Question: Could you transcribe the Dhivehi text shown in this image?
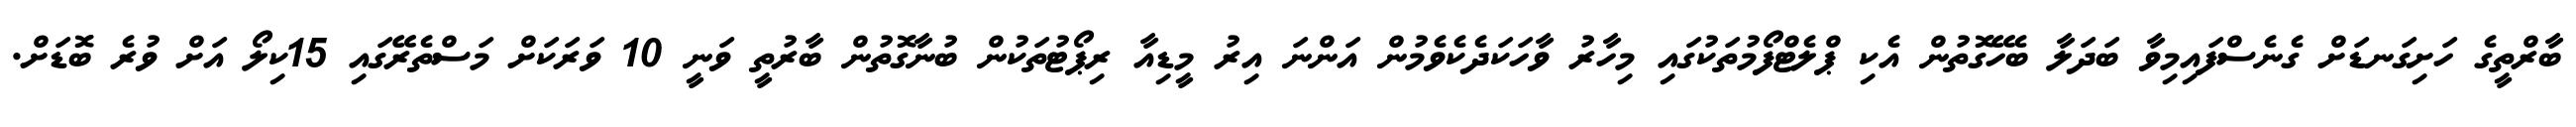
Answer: ބާރްތީގެ ހަށިގަނޑަށް ގެނެސްފައިމިވާ ބަދަލާ ބެހޭގޮތުން އެކި ޕްލެޓްފޯމުތަކުގައި މިހާރު ވާހަކަދެކެވެމުން އަންނަ އިރު މީޑިއާ ރިޕޯޓުތަކުން ބުނާގޮތުން ބާރުތީ ވަނީ 10 ވަރަކަށް މަސްތެރޭގައި 15ކިލޯ އަށް ވުރެ ބޮޑަށް.